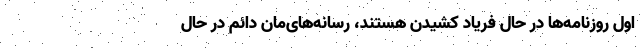
اول روزنامه‌ها در حال فریاد کشیدن هستند، رسانه‌های‌مان دائم در حال